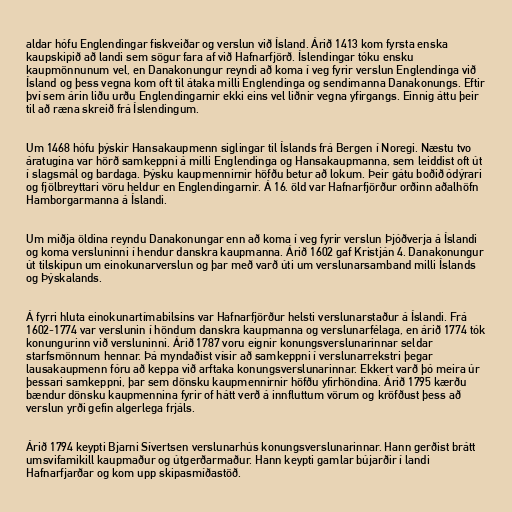
aldar hófu Englendingar fiskveiðar og verslun við Ísland. Árið 1413 kom fyrsta enska
kaupskipið að landi sem sögur fara af við Hafnarfjörð. Íslendingar tóku ensku
kaupmönnunum vel, en Danakonungur reyndi að koma í veg fyrir verslun Englendinga við
Ísland og þess vegna kom oft til átaka milli Englendinga og sendimanna Danakonungs. Eftir
því sem árin liðu urðu Englendingarnir ekki eins vel liðnir vegna yfirgangs. Einnig áttu þeir
til að ræna skreið frá Íslendingum.

Um 1468 hófu þýskir Hansakaupmenn siglingar til Íslands frá Bergen í Noregi. Næstu tvo
áratugina var hörð samkeppni á milli Englendinga og Hansakaupmanna, sem leiddist oft út
í slagsmál og bardaga. Þýsku kaupmennirnir höfðu betur að lokum. Þeir gátu boðið ódýrari
og fjölbreyttari vöru heldur en Englendingarnir. Á 16. öld var Hafnarfjörður orðinn aðalhöfn
Hamborgarmanna á Íslandi.

Um miðja öldina reyndu Danakonungar enn að koma í veg fyrir verslun Þjóðverja á Íslandi
og koma versluninni í hendur danskra kaupmanna. Árið 1602 gaf Kristján 4. Danakonungur
út tilskipun um einokunarverslun og þar með varð úti um verslunarsamband milli Íslands
og Þýskalands.

Á fyrri hluta einokunartímabilsins var Hafnarfjörður helsti verslunarstaður á Íslandi. Frá
1602-1774 var verslunin í höndum danskra kaupmanna og verslunarfélaga, en árið 1774 tók
konungurinn við versluninni. Árið 1787 voru eignir konungsverslunarinnar seldar
starfsmönnum hennar. Þá myndaðist vísir að samkeppni í verslunarrekstri þegar
lausakaupmenn fóru að keppa við arftaka konungsverslunarinnar. Ekkert varð þó meira úr
þessari samkeppni, þar sem dönsku kaupmennirnir höfðu yfirhöndina. Árið 1795 kærðu
bændur dönsku kaupmennina fyrir of hátt verð á innfluttum vörum og kröfðust þess að
verslun yrði gefin algerlega frjáls.

Árið 1794 keypti Bjarni Sívertsen verslunarhús konungsverslunarinnar. Hann gerðist brátt
umsvifamikill kaupmaður og útgerðarmaður. Hann keypti gamlar bújarðir í landi
Hafnarfjarðar og kom upp skipasmíðastöð.